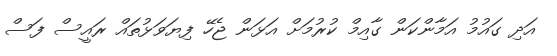
އަދި ގައުމު އަމާންކަން ގާއިމް ކުރުމަށް އަޅަން ޖެހޭ ފިޔަވަޅުތައް ރައީސް ފަސް